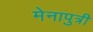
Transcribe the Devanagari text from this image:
मेनापुत्री